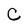
Character: C